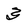
Character: 3